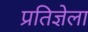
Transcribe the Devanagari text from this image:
प्रतिज्ञेला